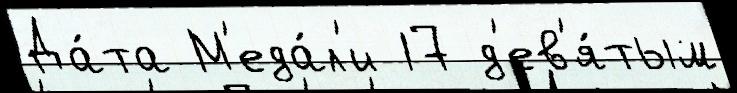
Да́та М'еда́л'и 17 д'ев'я́тым